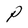
Character: P